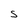
Character: s